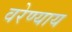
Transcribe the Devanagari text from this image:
वरेण्याय